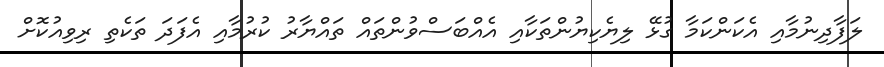
ލަފާދިނުމާއި އެކަންކަމާ ގުޅޭ ލިޔެކިޔުންތަކާއި އެއްބަސްވުންތައް ތައްޔާރު ކުރުމާއި އެފަދަ ތަކެތި ރިވިއުކޮށް